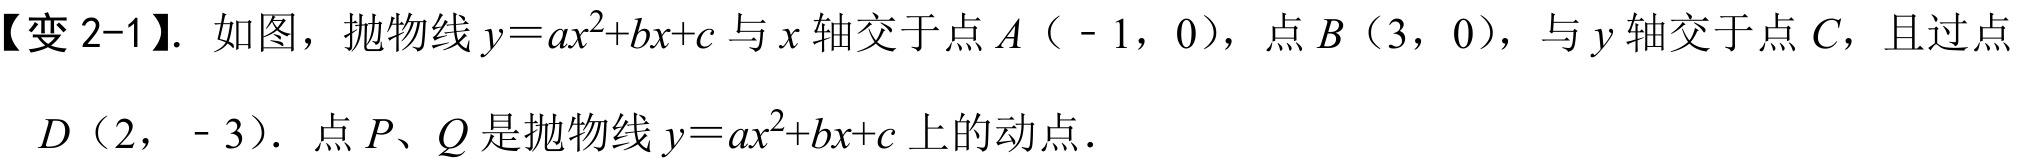
【变 2-1】. 如图，抛物线\(y = ax^{2}+bx + c\)与\(x\)轴交于点\(A\)（ - 1，0），点\(B\)（3，0），与\(y\)轴交于点\(C\)，且过点
\(D\)（2， - 3）. 点\(P、Q\)是抛物线\(y = ax^{2}+bx + c\)上的动点．